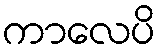
ကာလေပိ